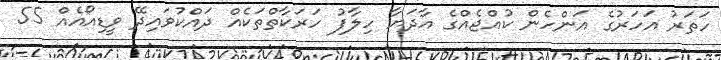
ހަތަރު އަހަރުގެ އަންހެން ކުއްޖެއްގެ އާދަޔާ ހިލާފު ހަރަކާތްތަކެއް ދައްކުވައިދޭ ވީޑިއޯއެއް 55